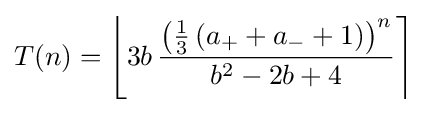
T(n)=\left\lfloor 3b\,{\frac {\left({\frac {1}{3}}\left(a_{+}+a_{-}+1\right)\right)^{n}}{b^{2}-2b+4}}\right\rceil